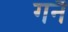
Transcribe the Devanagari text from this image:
गनै